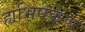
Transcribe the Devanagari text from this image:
ह्यभिषेकेण